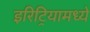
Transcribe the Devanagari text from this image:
इरिट्रियामध्ये